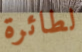
لطائرة